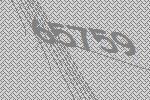
65759